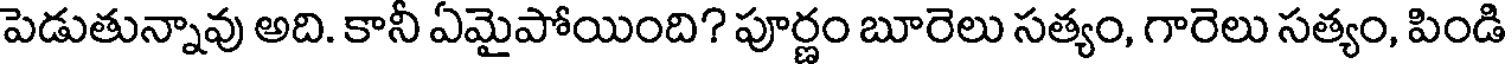
పెడుతున్నావు అది. కానీ ఏమైపోయింది? పూర్ణం బూరెలు సత్యం, గారెలు సత్యం, పిండి